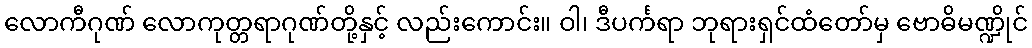
လောကီဂုဏ် လောကုတ္တရာဂုဏ်တို့နှင့် လည်းကောင်း။ ဝါ၊ ဒီပင်္ကရာ ဘုရားရှင်ထံတော်မှ ဗောဓိမဏ္ဍိုင်